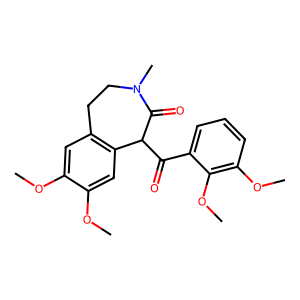
SMILES: COc1cc2c(cc1OC)C(C(=O)c1cccc(OC)c1OC)C(=O)N(C)CC2
Inhibits HIV replication: No